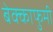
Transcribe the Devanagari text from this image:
बेक्काफुमी